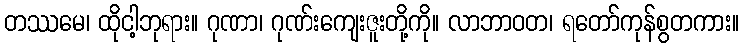
တဿမေ၊ ထိုငါ့ဘုရား။ ဂုဏာ၊ ဂုဏ်းကျေးဇူးတို့ကို။ လာဘာဝတ၊ ရတော်ကုန်စွတကား။